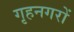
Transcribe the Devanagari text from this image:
गृहनगरों